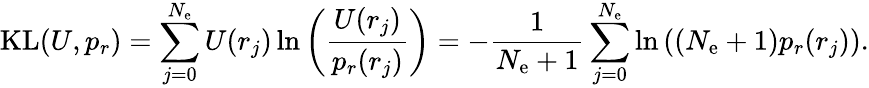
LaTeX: \mathrm{KL}(U,p_{r})=\sum_{j=0}^{N_{\mathrm{e}}}U(r_{j})\ln\left(\frac{U(r_{j})}{p_{r}(r_{j})}\right)=-\frac{1}{N_{\mathrm{e}}+1}\sum_{j=0}^{N_{\mathrm{e}}}\ln\left(\left(N_{\mathrm{e}}+1\right)p_{r}(r_{j})\right).